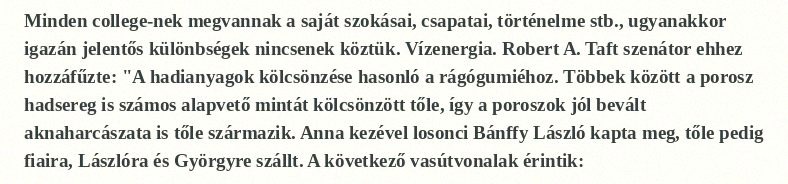
Minden college-nek megvannak a saját szokásai, csapatai, történelme stb., ugyanakkor igazán jelentős különbségek nincsenek köztük. Vízenergia. Robert A. Taft szenátor ehhez hozzáfűzte: "A hadianyagok kölcsönzése hasonló a rágógumiéhoz. Többek között a porosz hadsereg is számos alapvető mintát kölcsönzött tőle, így a poroszok jól bevált aknaharcászata is tőle származik. Anna kezével losonci Bánffy László kapta meg, tőle pedig fiaira, Lászlóra és Györgyre szállt. A következő vasútvonalak érintik: